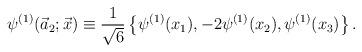
LaTeX: \begin{align*}\psi^{(1)}(\vec{a}_2;\vec{x}) \equiv{1\over{\sqrt{6}}}\left\{\psi^{(1)}(x_1), -2\psi^{(1)}(x_2),\psi^{(1)}(x_3) \right\}.\end{align*}